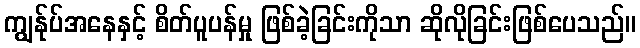
ကျွန်ုပ်အနေနှင့် စိတ်ပူပန်မှု ဖြစ်ခဲ့ခြင်းကိုသာ ဆိုလိုခြင်းဖြစ်ပေသည်။